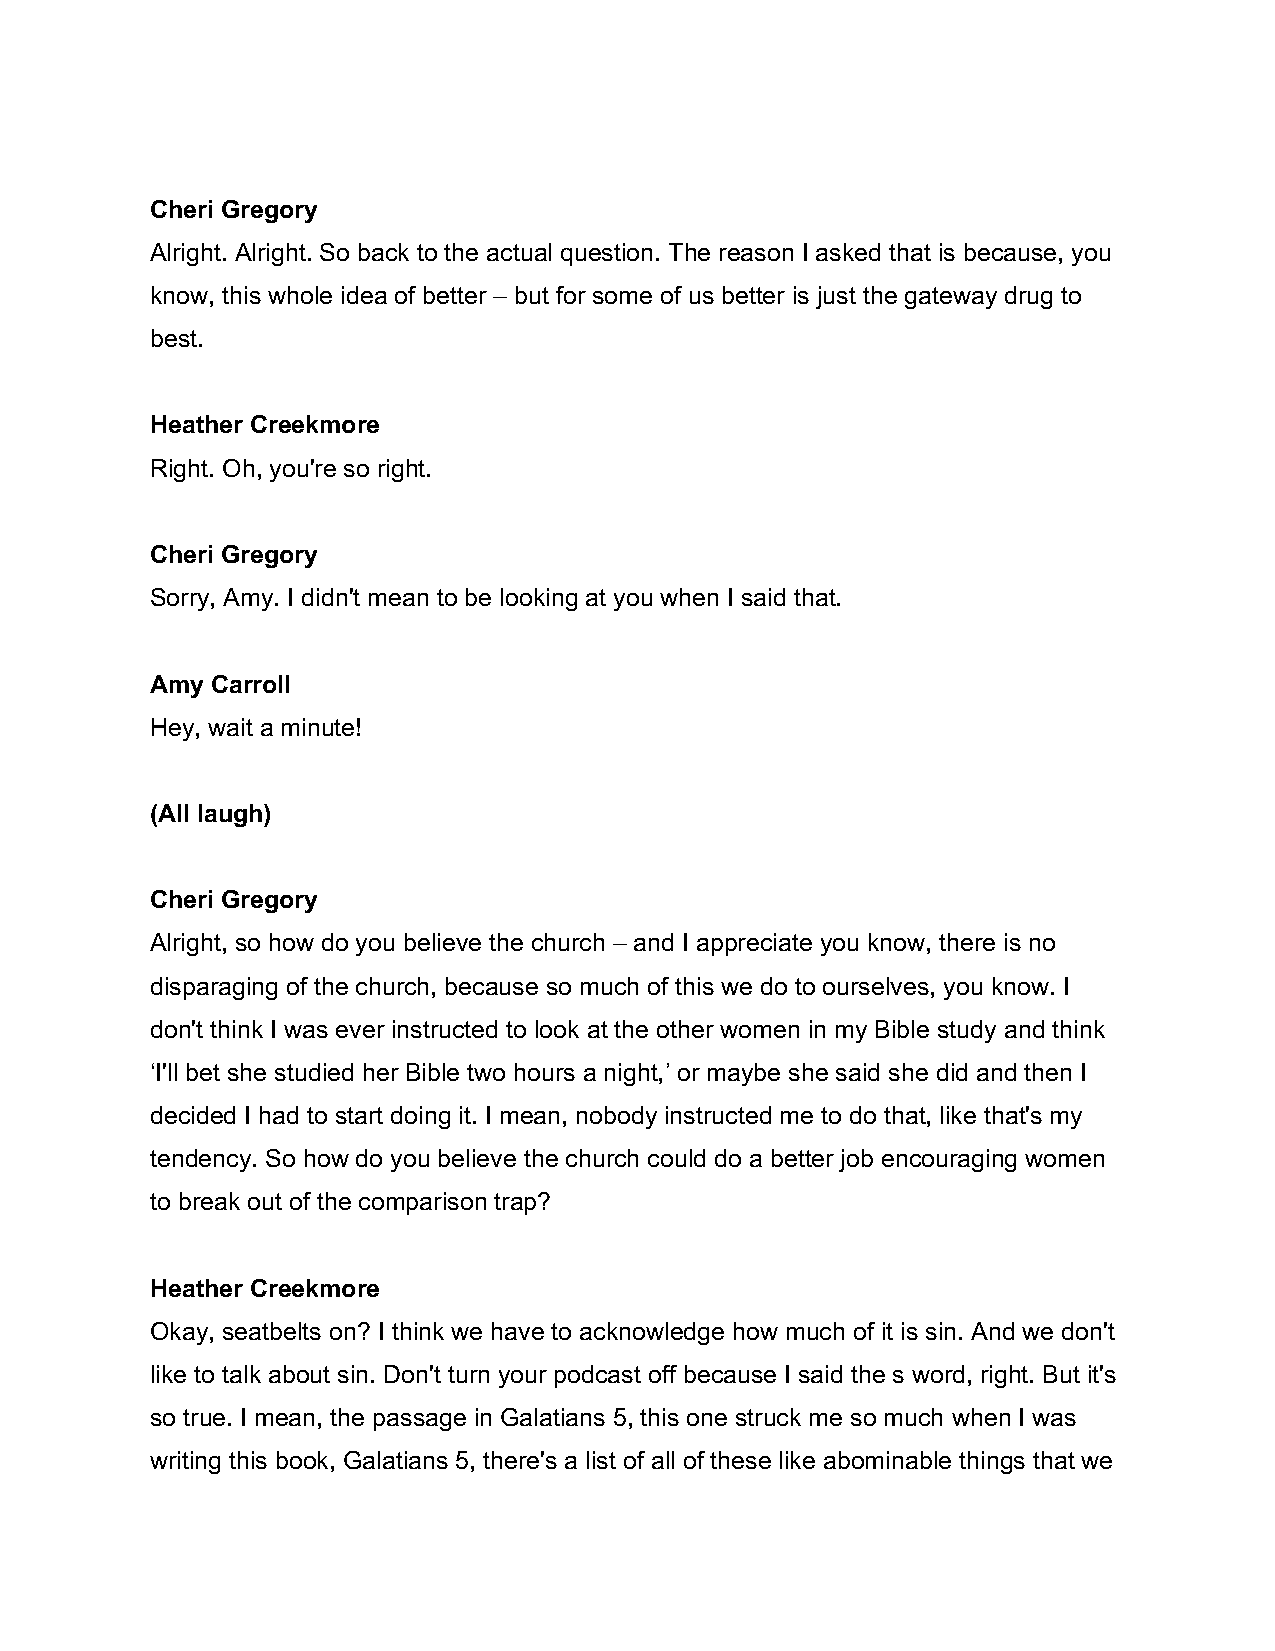
Cheri Gregory
 Alright. Alright. So back to the actual question. The reason I asked that is because, you
 know, this whole idea of better – but for some of us better is just the gateway drug to
 best.
 Heather Creekmore
 Right. Oh, you're so right.
 Cheri Gregory
 Sorry, Amy. I didn't mean to be looking at you when I said that.
 Amy Carroll
 Hey, wait a minute!
 (All laugh)
 Cheri Gregory
 Alright, so how do you believe the church – and I appreciate you know, there is no
 disparaging of the church, because so much of this we do to ourselves, you know. I
 don't think I was ever instructed to look at the other women in my Bible study and think
 ‘I'll bet she studied her Bible two hours a night,’ or maybe she said she did and then I
 decided I had to start doing it. I mean, nobody instructed me to do that, like that's my
 tendency. So how do you believe the church could do a better job encouraging women
 to break out of the comparison trap?
 Heather Creekmore
 Okay, seatbelts on? I think we have to acknowledge how much of it is sin. And we don't
 like to talk about sin. Don't turn your podcast off because I said the s word, right. But it's
 so true. I mean, the passage in Galatians 5, this one struck me so much when I was
 writing this book, Galatians 5, there's a list of all of these like abominable things that we